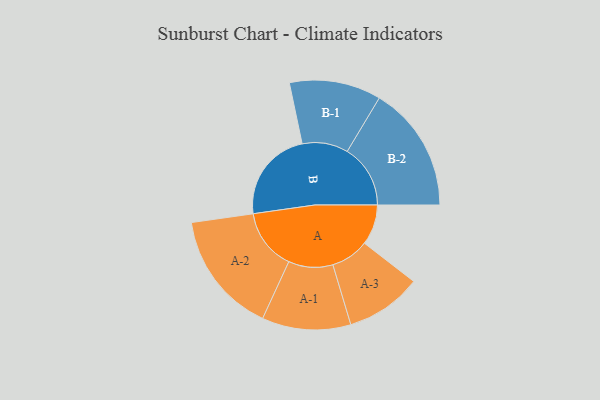
{"axis": {"x": "Segment", "y": "Value"}, "legend": ["", "A", "B"], "data": [{"x": "A", "y": 161, "type": ""}, {"x": "B", "y": 368, "type": ""}, {"x": "A-1", "y": 177, "type": "A"}, {"x": "A-2", "y": 244, "type": "A"}, {"x": "A-3", "y": 152, "type": "A"}, {"x": "B-1", "y": 183, "type": "B"}, {"x": "B-2", "y": 252, "type": "B"}]}